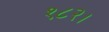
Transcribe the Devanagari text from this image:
१८२।